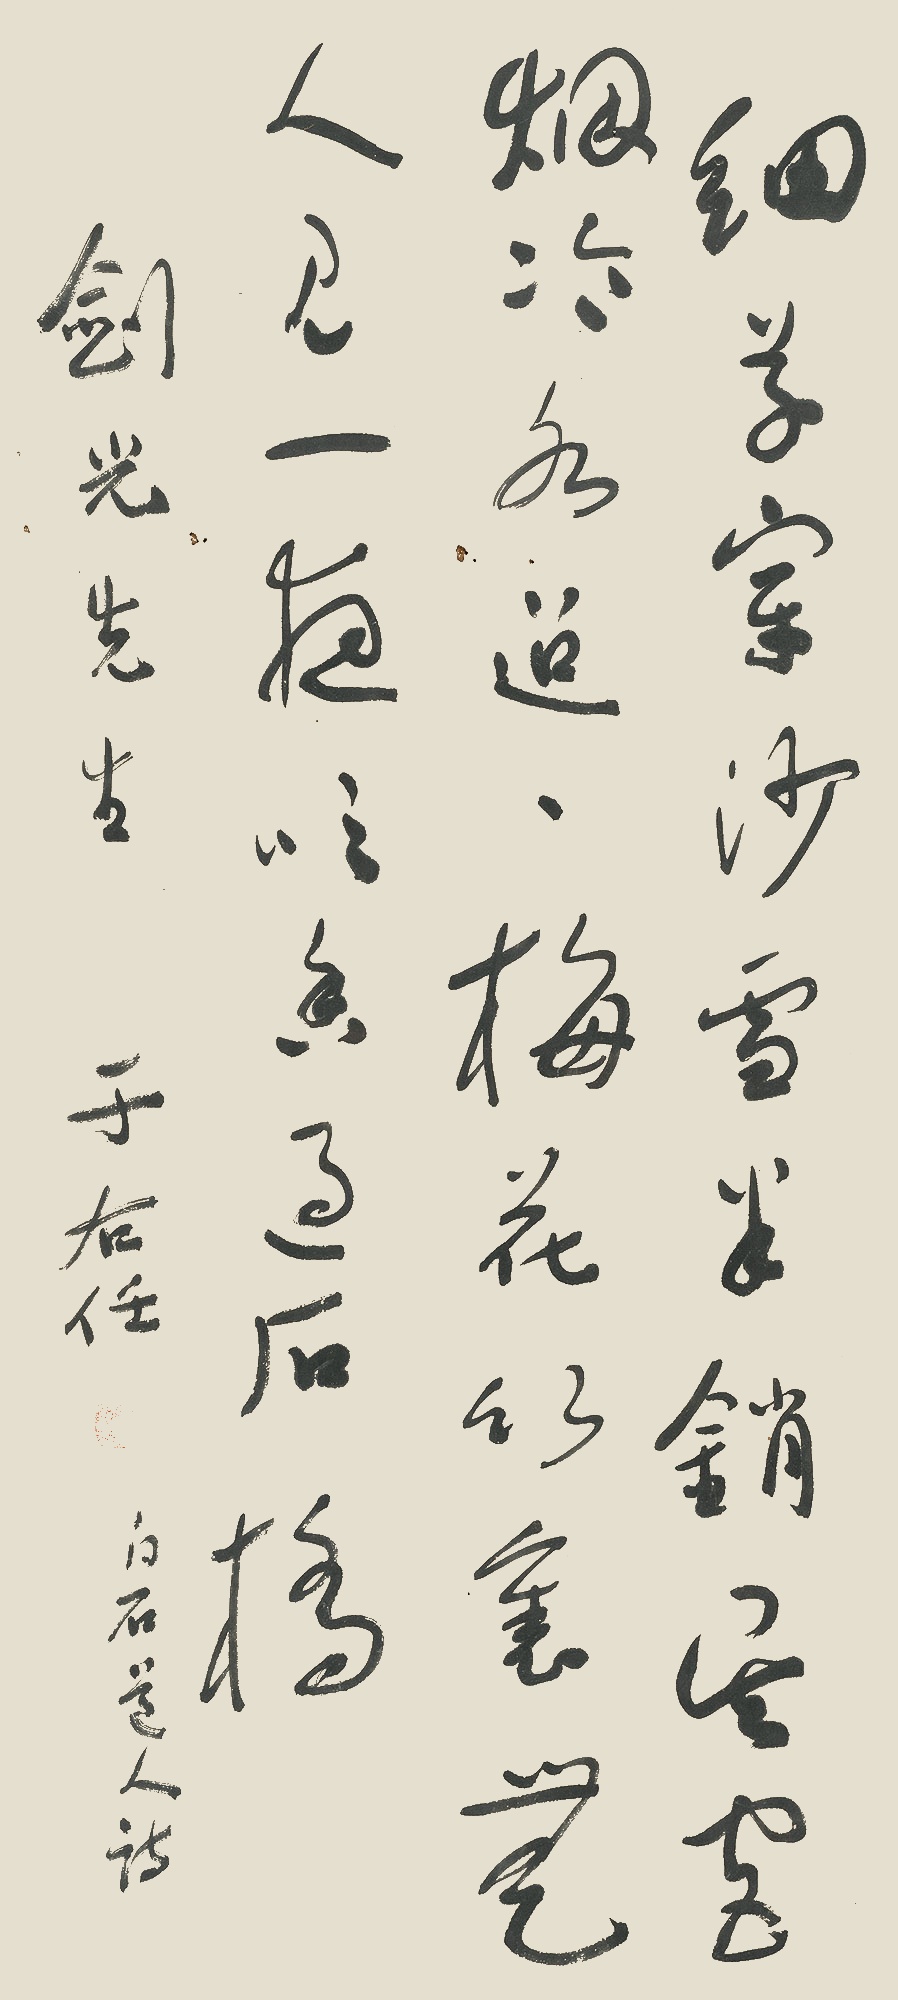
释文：细草穿沙雪半销，吴宫烟冷水迢迢。梅花竹里无人见，一夜吹香过石桥。剑光先生。于右任。白石道人诗。